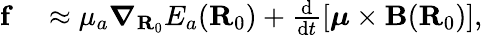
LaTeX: \begin{array}{rl}{\mathbf{f}}&{{}\approx\mu_{a}\boldsymbol{\nabla}_{\mathbf{R}_{0}}E_{a}(\mathbf{R}_{0})+\frac{\mathrm{d}}{\mathrm{d}t}\left[\boldsymbol{\mu}\times\mathbf{B}(\mathbf{R}_{0})\right],}\end{array}